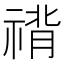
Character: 禙